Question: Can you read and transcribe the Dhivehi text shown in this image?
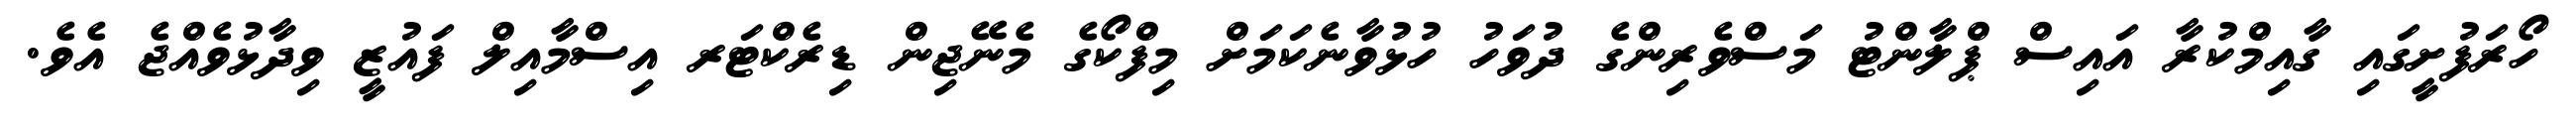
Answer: ހޯރަފުށީގައި ގާއިމްކުރާ އައިސް ޕްލާންޓު މަސްވެރިންގެ ދުވަހު ހުޅުވާނެކަމަށް މިފްކޯގެ މެނޭޖިން ޑިރެކްޓަރ އިސްމާއިލް ފައުޒީ ވިދާޅުވެއްޖެ އެވެ.